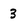
Character: 3